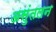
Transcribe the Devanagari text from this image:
असुंतलन